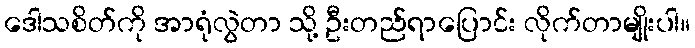
ဒေါသစိတ်ကို အာရုံလွဲတာ သို့ ဦးတည်ရာပြောင်း လိုက်တာမျိုးပါ။